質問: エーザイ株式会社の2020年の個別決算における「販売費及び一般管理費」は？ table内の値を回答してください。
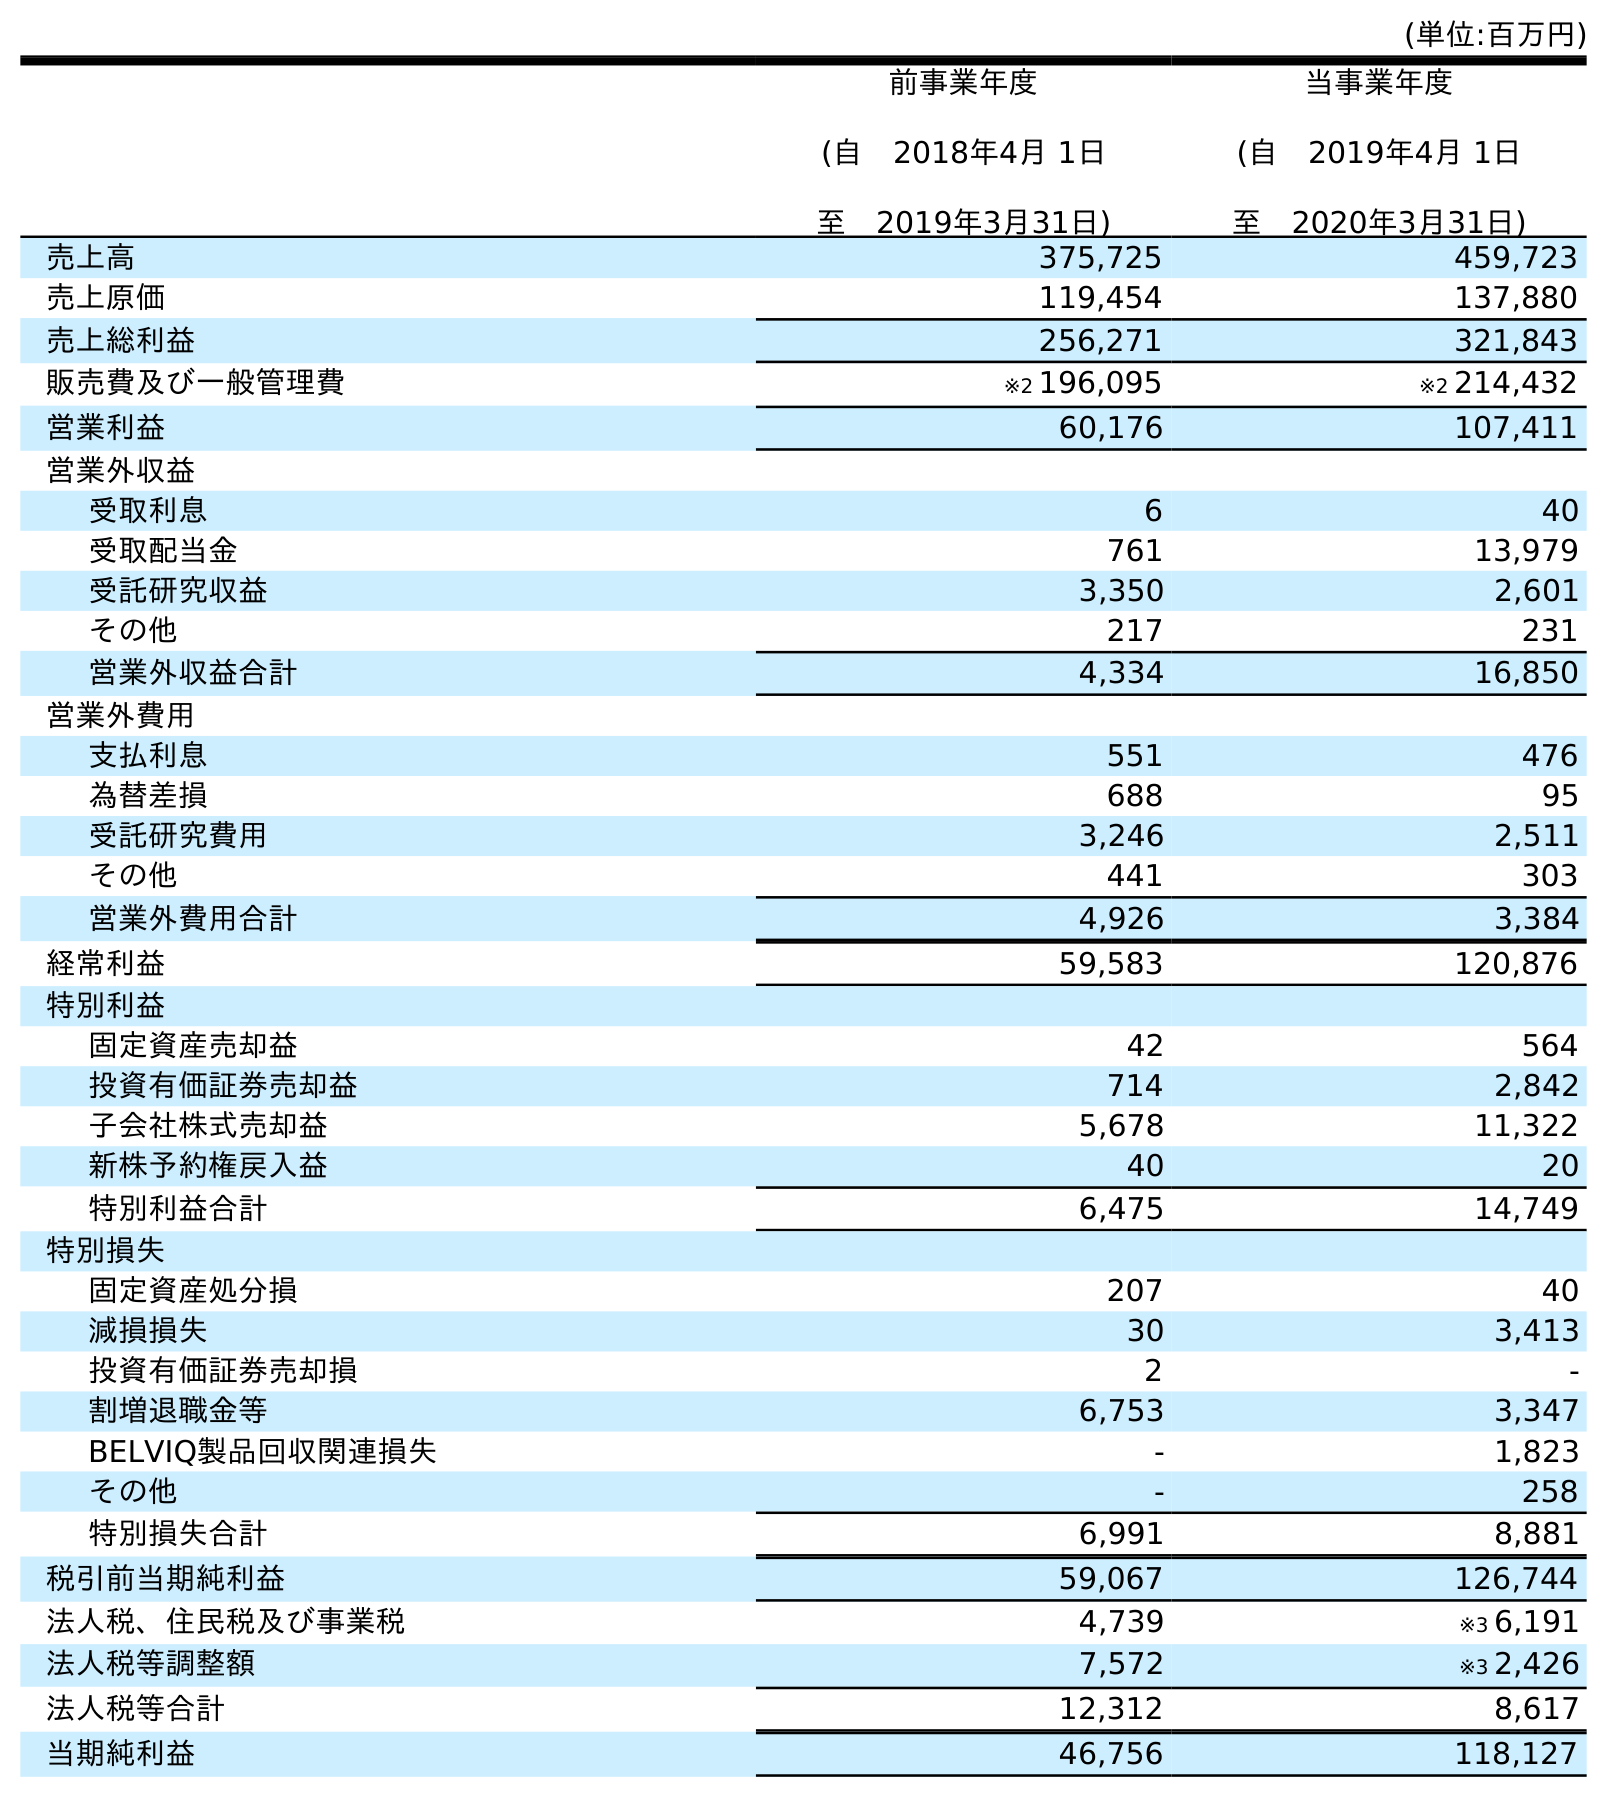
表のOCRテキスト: (単位:百万円) 前事業年度 (自 2018年4月 1日 至 2019年3月31日) 当事業年度 (自 2019年4月 1日 至 2020年3月31日) 売上高 375,725 459,723 売上原価 119,454 137,880 売上総利益 256,271 321,843 販売費及び一般管理費 ※2 196,095 ※2 214,432 営業利益 60,176 107,411 営業外収益 受取利息 6 40 受取配当金 761 13,979 受託研究収益 3,350 2,601 その他 217 231 営業外収益合計 4,334 16,850 営業外費用 支払利息 551 476 為替差損 688 95 受託研究費用 3,246 2,511 その他 441 303 営業外費用合計 4,926 3,384 経常利益 59,583 120,876 特別利益 固定資産売却益 42 564 投資有価証券売却益 714 2,842 子会社株式売却益 5,678 11,322 新株予約権戻入益 40 20 特別利益合計 6,475 14,749 特別損失 固定資産処分損 207 40 減損損失 30 3,413 投資有価証券売却損 2 - 割増退職金等 6,753 3,347 BELVIQ製品回収関連損失 - 1,823 その他 - 258 特別損失合計 6,991 8,881 税引前当期純利益 59,067 126,744 法人税、住民税及び事業税 4,739 ※3 6,191 法人税等調整額 7,572 ※3 2,426 法人税等合計 12,312 8,617 当期純利益 46,756 118,127
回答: ※2214,432